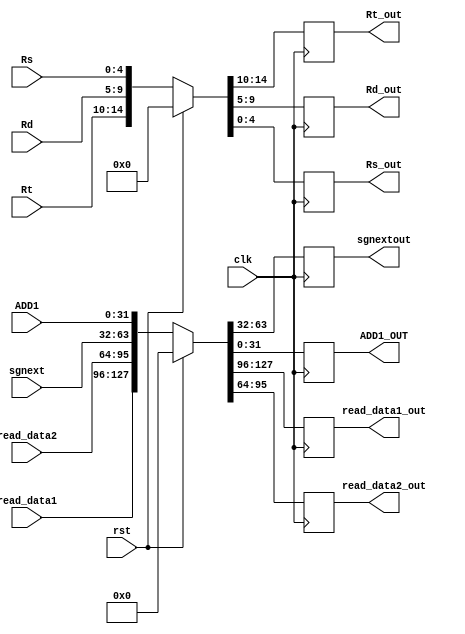
`timescale 1ns/1ns
module ID_EX_MAIN(clk, rst, read_data1, read_data2, sgnext, Rt, Rd, Rs,
 ADD1, read_data1_out, read_data2_out, sgnextout,
 Rt_out, Rd_out, Rs_out, ADD1_OUT);
    input clk,rst;
    input [31:0] read_data1, read_data2, sgnext,ADD1;
    input [4:0] Rt, Rd, Rs;
    output reg [31:0] read_data1_out, read_data2_out, sgnextout,ADD1_OUT;
    output reg [4:0] Rt_out, Rd_out, Rs_out;
    always @(posedge clk) begin
        if (rst)
        begin
            {read_data1_out, read_data2_out, sgnextout, ADD1_OUT} <= {128'b0};
            {Rt_out, Rd_out, Rs_out} <= {15'b0};
        end
        else
        begin
            {read_data1_out, read_data2_out, sgnextout, ADD1_OUT} <= {read_data1, read_data2, sgnext, ADD1};
            {Rt_out, Rd_out, Rs_out} <= {Rt, Rd, Rs};
        end
    end
endmodule